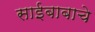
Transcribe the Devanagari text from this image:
साईबाबाचे